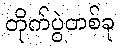
တိုက်ပွဲတစ်ခု